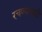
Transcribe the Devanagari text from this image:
रचण्यासाठी